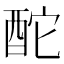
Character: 酡